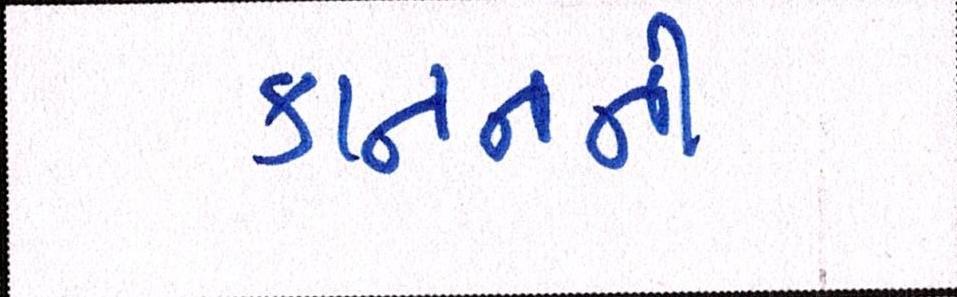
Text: કાનનની